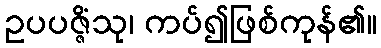
ဥပပဇ္ဇိံသု၊ ကပ်၍ဖြစ်ကုန်၏။